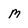
Character: M